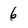
Character: 6